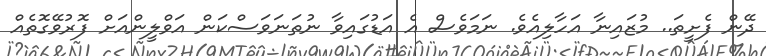
ދޭން ފެށީތަ.. މުޒައިނާ އަހާލިއެވެ. ނަމަވެސް އެ އަޑުގައިވާ ނުތަނަވަސްކަން އަވްލީންއަށް ފޮރުވޭގޮތެއް